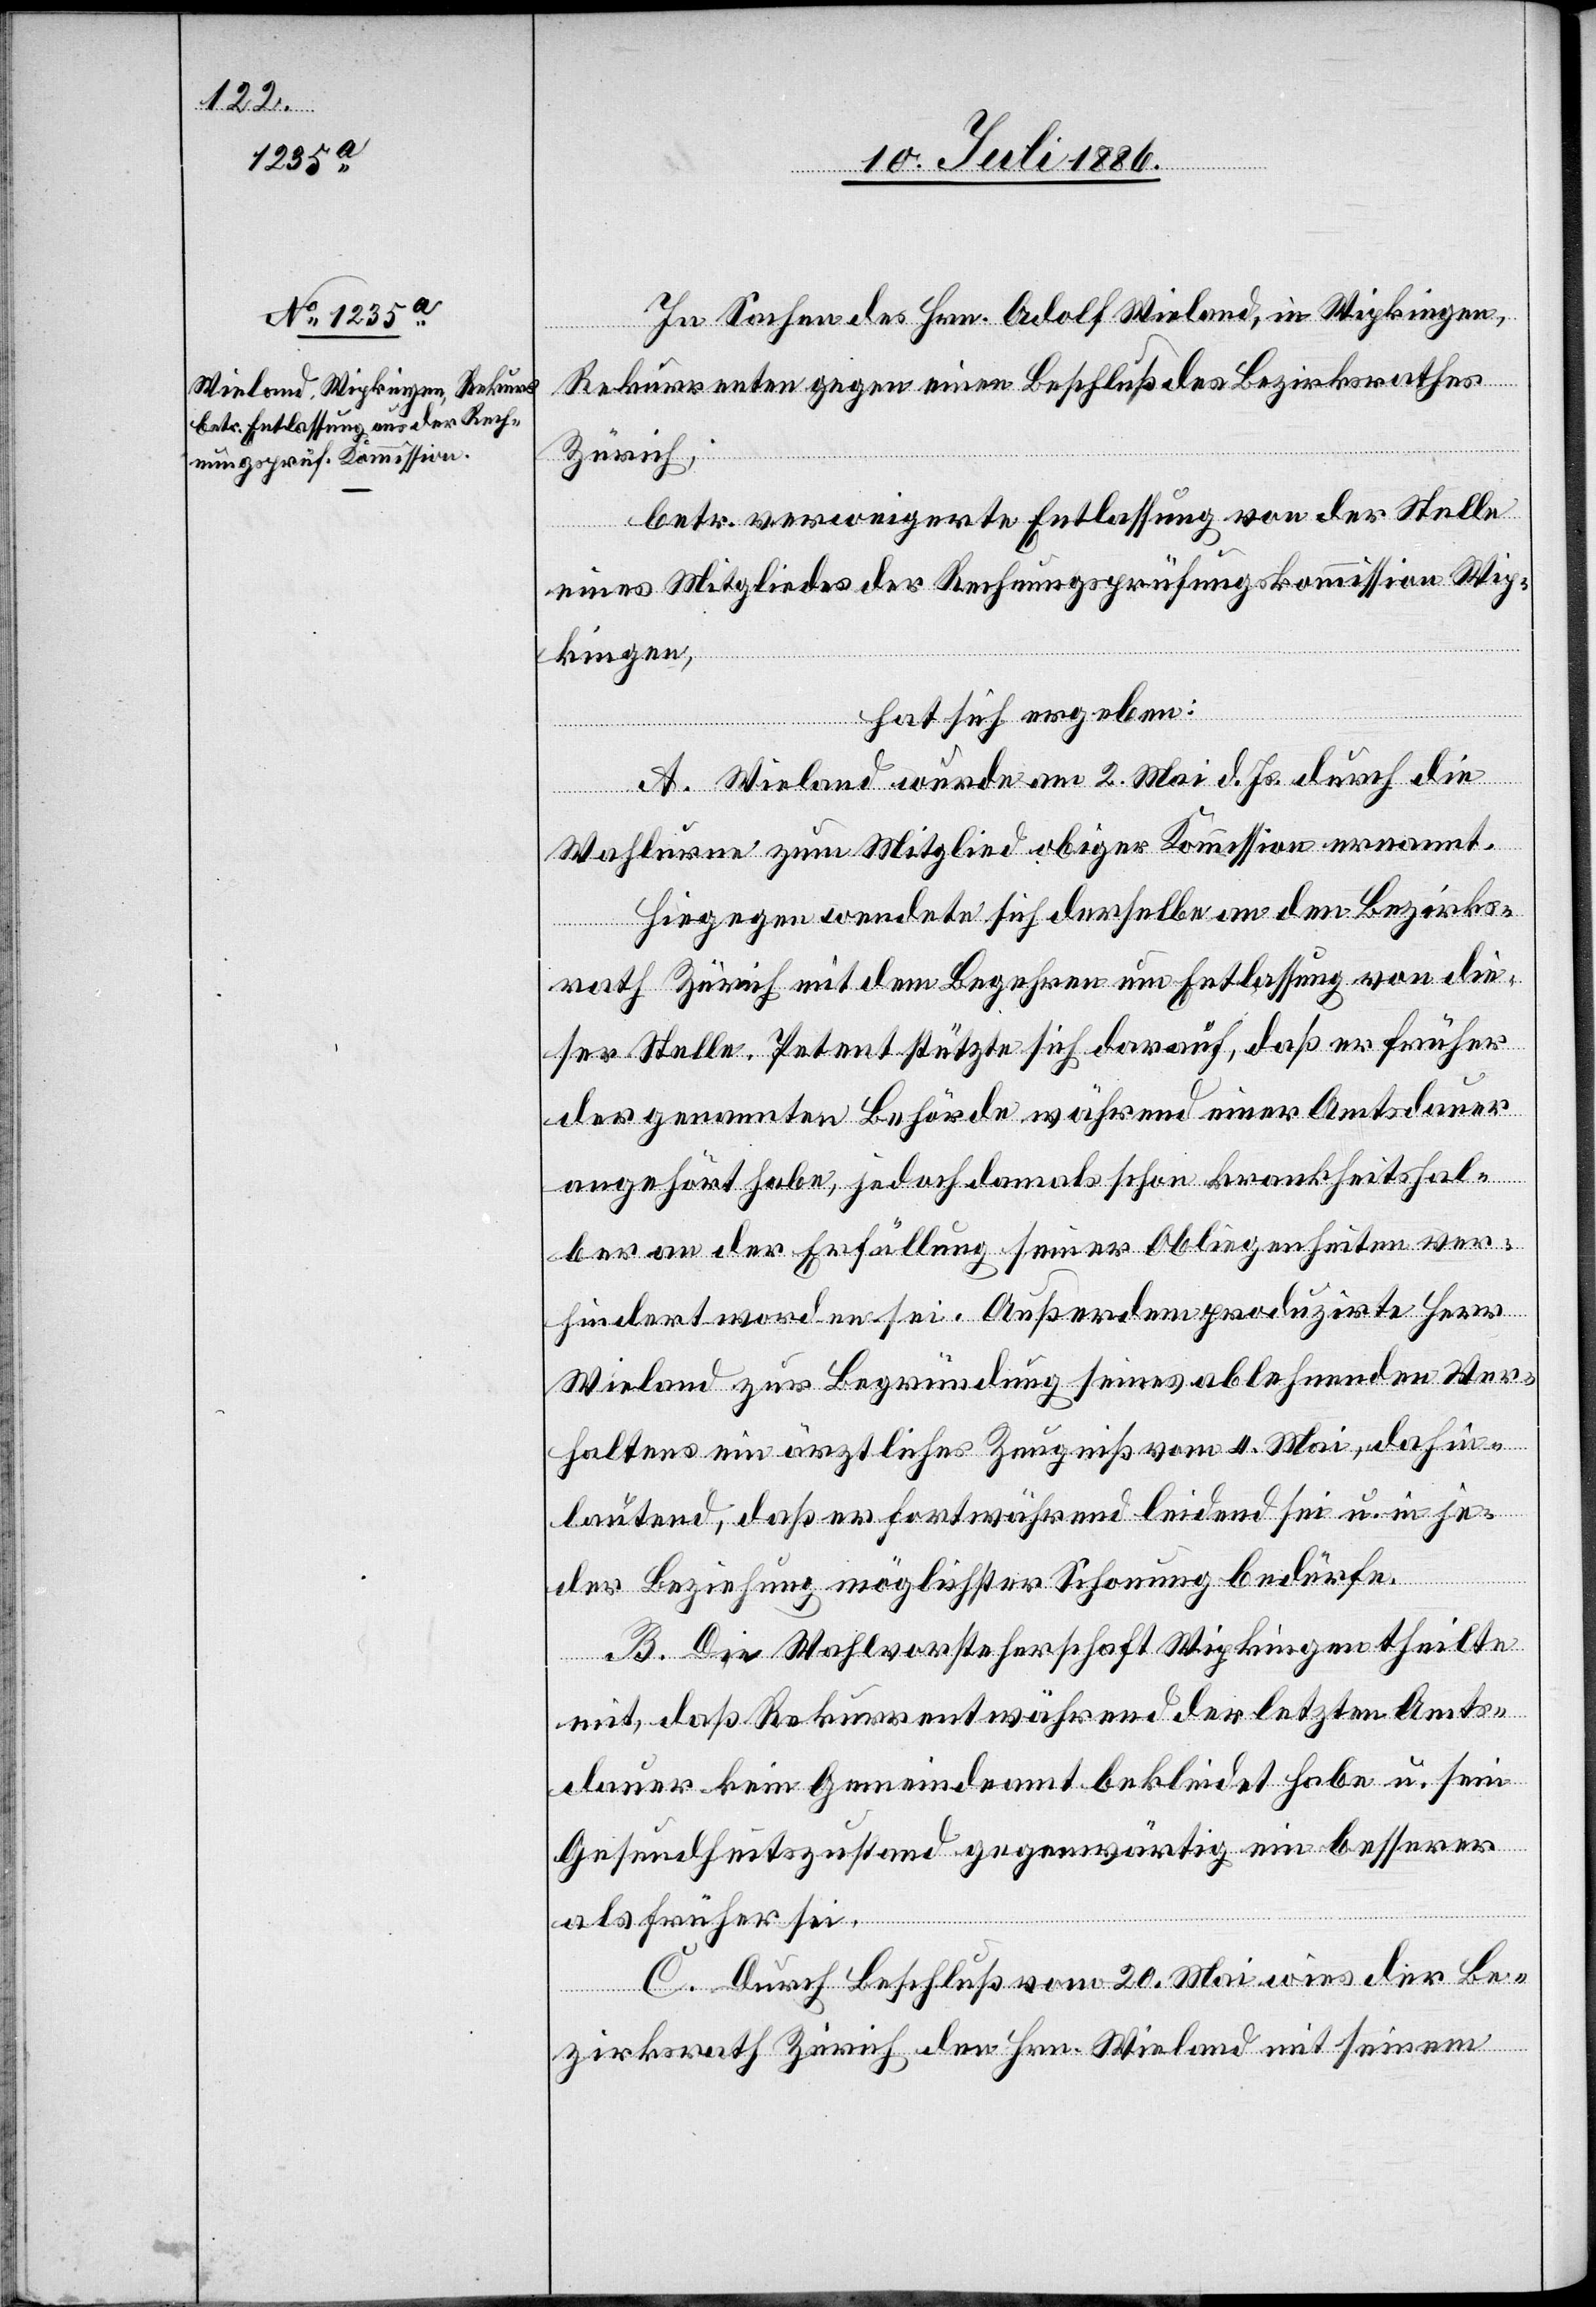
In Sachen des Hrn. Adolf Wieland, in Wipkingen,
Rekurrenten gegen einen Beschluß des Bezirksrathes
Zürich,
betr. verweigerte Entlassung von der Stelle
eines Mitgliedes der Rechnungsprüfungskommission Wip¬
kingen,
hat sich ergeben:
A. Wieland wurde am 2. Mai d. Js. durch die
Wahlurne zum Mitglied obiger Kommission ernannt.
Hiegegen wendete sich derselbe an den Bezirks¬
rath Zürich mit dem Begehren um Entlassung von die¬
ser Stelle. Petent stützte sich darauf, daß er früher
der genannten Behörde während einer Amtsdauer
angehört habe, jedoch damals schon krankheitshal¬
ber an der Erfüllung seiner Obliegenheiten ver¬
hindert worden sei. Außerdem produzirte Herr
Wieland zur Begründung seines ablehnenden Ver¬
haltens ein ärztliches Zeugniß vom 4. Mai, dahin¬
lautend, daß er fortwährend leidend sei u. in je¬
der Beziehung möglichster Schonung bedürfe.
B. Die Wahlvorsteherschaft Wipkingen theilte
mit, daß Rekurrent während der letzten Amts¬
dauer kein Gemeindeamt bekleidet habe u. sein
Gesundheitszustand gegenwärtig ein besserer
als früher sei.
C. Durch Beschluß vom 20. Mai wies der Be¬
zirksrath Zürich den Hrn. Wieland mit seinem